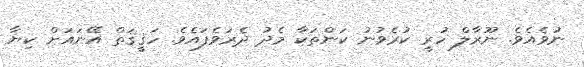
ނުވެއެވެ. ނޫރާލް ހުރީ ކުރެވުނު ކަންތަކާ މެދު ދެރަވެފައެވެ. ހަޤީޤަތް އޭނައަށް ކިޔާ